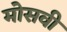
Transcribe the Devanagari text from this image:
मोसवी